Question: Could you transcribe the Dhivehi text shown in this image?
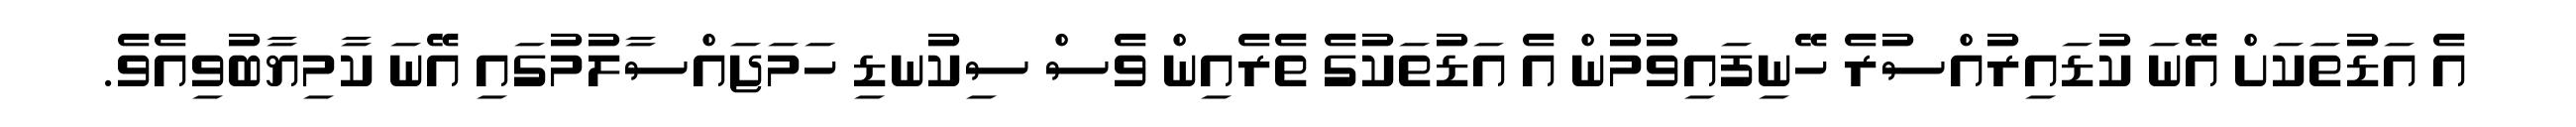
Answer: އެ އަޑުތަކަށް އޭނަ ކުޑައިރުއްސުރެ ހޭނިފައިވުމުން އެ އަޑުތަކުގެ ތެރެއިން ވެސް ސިކުނޑި ހަމަޖައްސާލުމުގައި އޭނަ ކާމިޔާބުވިއެވެ.